Annual report on the working of the mental hospitals in the Madras Presidency - 1912-1932
Year: 1912
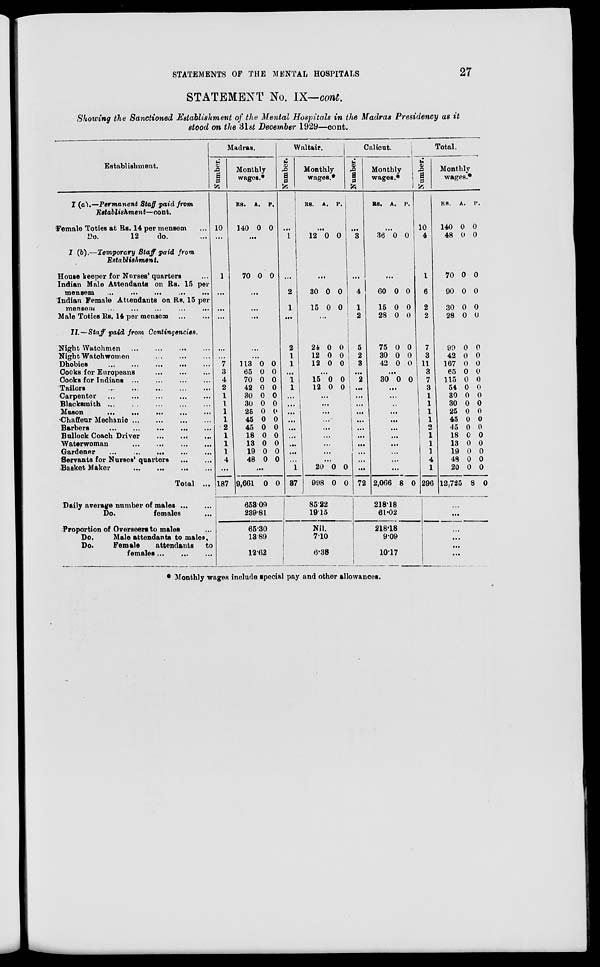
STATEMENTS OF THE MENTAL HOSPITALS
27
STATEMENT No. IX— cont.
Showing the Sanctioned Establishment of the Mental Hospitals in the Madras Presidency as it
stood on the 31st December 1929—cont.
Establishment.
I (a).—Permanent Staff paid from
Establishment—cont.
Female Toties at Rs. 14 per mensem ...
Do.
12
do. ...
I (b).—Temporary Staff paid from
Establishment.
House keeper for Nurses' quarters ...
Indian Male Attendants on Rs. 15 per
mensem
...
...
...
...
...
Indian Female Attendants on Rs. 15 per
mensem
...
...
...
...
...
Male Toties Rs. 14 per mensem ... ...
II.—Staff paid from Contingencies.
Night Watchmen
...
...
...
...
Night Watch women
...
...
...
...
Dhobies
...
...
...
...
...
Cooks for Europeans
...
...
...
Cooks for Indians ...
...
...
...
Tailors ... ... ... ... ...
Carpenter
...
...
...
...
...
Blacksmith ...
...
...
...
...
Mason
...
...
...
...
...
Chaffeur Mechanic
...
...
...
...
Barbers ... ...
...
...
...
Bullock Coach Driver
...
...
...
Waterwoman
...
...
...
...
Gardener
...
...
...
...
...
Servants for Nurses'quarters
...
...
Basket Maker
...
...
...
...
Total ...
Daily average number of males
...
...
Do.
females ...
Proportion of Overseers to males ...
Do.
Male attendants to males.
Do.
Female
attendants
to
females
...
...
...
Madras.
Number.
10
...
1
...
...
...
...
...
7
3
4
2
1
1
1
1
2
1
1
1
4
...
187
Monthly
wages.*
RS.
A. P.
140 0 0
...
70 0 0
...
...
...
...
...
113
65
70
42
30
30
25
45
45
18
13
19
48
0
0
0
0
0
0
0
0
0
0
0
0
0
0
0
0
0
0
0
0
0
0
0
0
0
0
...
9,661 0 0
653.09
239.81
65.30
13.89
12.62
Waltair.
Number.
...
1
...
2
1
...
2
1
1
...
1
1
...
...
...
...
...
...
...
...
...
1
37
Monthly
wages.*
RS. A.
P.
...
12 0 0
...
30
15
0
0
0
0
...
24
12
12
0
0
0
0
0
0
...
15
12
0
0
0
0
...
...
...
...
...
...
...
...
...
20
998
0
0
0
0
85.22
19.15
Nil.
7.10
6.38
Calicut.
Number.
...
3
...
4
1
2
5
2
3
...
2
...
...
...
...
...
...
...
...
...
...
...
72
Monthly
wages.*
RS. A.
P.
...
36 0 0
...
60
15
28
0
0
0
0
0
0
75
30
42
0
0
0
0
0
0
...
30 0 0
...
...
...
...
...
...
...
...
...
...
...
2,066 8 0
218.18
61.02
218.18
9.09
10.17
Total.
Number.
10
4
1
6
2
2
7
3
11
3
7
3
1
1
1
1
2
1
1
1
4
1
296
Monthly
wages.*
RS. A. P.
140
48
0
0
0
0
70
90
30
28
0
0
0
0
0
0
0
0
99
42
167
65
115
54
30
30
25
45
45
18
13
19
48
20
12,725
0
0
0
0
0
0
0
0
0
0
0
0
0
0
0
0
8
0
0
0
0
0
0
0
0
0
0
0
0
0
0
0
0
0
...
...
...
...
...
* Monthly wages include special pay and other allowances.